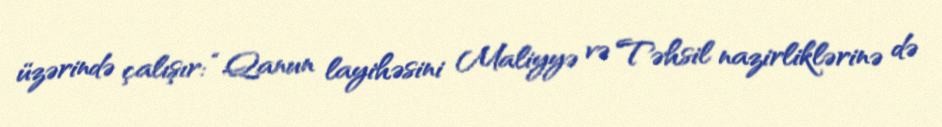
üzərində çalışır: “Qanun layihəsini Maliyyə və Təhsil nazirliklərinə də